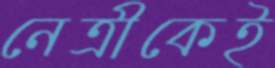
নেত্রীকেই